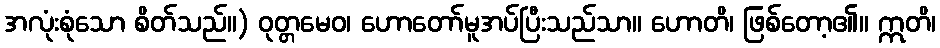
အလုံးစုံသော စိတ်သည်။) ဝုတ္တမေဝ၊ ဟောတော်မူအပ်ပြီးသည်သာ။ ဟောတိ၊ ဖြစ်တော့၏။ ဣတိ၊